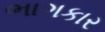
ભાગકાર